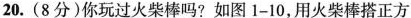
20.（8分）你玩过火柴棒吗？如图1-10，用火柴棒搭正方